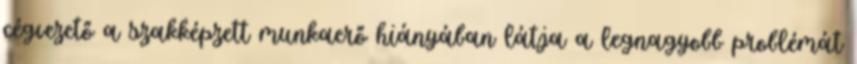
cégvezető a szakképzett munkaerő hiányában látja a legnagyobb problémát